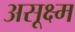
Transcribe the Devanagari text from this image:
असूक्ष्म